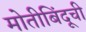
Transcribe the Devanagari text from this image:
मोतीबिंदूची